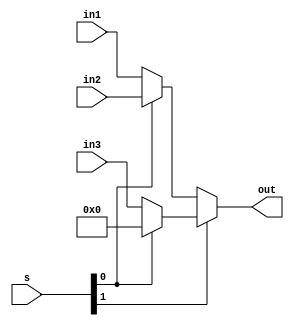
module mux3_1(in1, in2, in3, s, out);

    input [31:0] in1, in2, in3;
    input [1:0] s;

    output wire [31:0] out;

    //                                        00    01                    10    11
    assign out = (s[1] == 0) ? ((s[0] == 0) ? in1 : in2) : ((s[0] == 0) ? in3 : 0);

endmodule